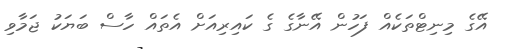
އޭގެ މިނިޓްތަކެއް ފަހުން އޭނާގެ ގެ ކައިރިއަށް އެތައް ހާސް ބަޔަކު ޖަމާވި